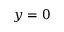
y = 0